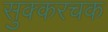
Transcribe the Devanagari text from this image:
सुक्करचक